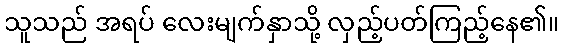
သူသည် အရပ် လေးမျက်နှာသို့ လှည့်ပတ်ကြည့်နေ၏။